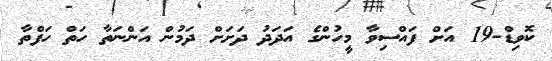
ކޮވިޑް-19 އަށް ފައްސިވާ މީހުންގެ އަދަދު ދަށަށް ދަމުން އަންނަތާ ހަތް ހަފްތާ